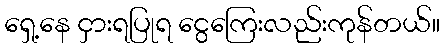
ရှေ့နေ ငှားရပြုရ ငွေကြေးလည်းကုန်တယ်။